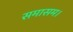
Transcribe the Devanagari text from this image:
समासम।